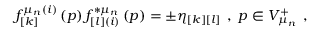
f _ { \left[ k \right] } ^ { \mu _ { n } ( i ) } \left( p \right) f _ { \left[ l \right] ( i ) } ^ { * \mu _ { n } } \left( p \right) = \pm \eta _ { \left[ k \right] \left[ l \right] } \; \, , \; p \in V _ { \mu _ { n } } ^ { + } \; \, ,